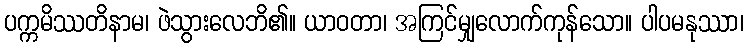
ပက္ကမိဿတိနာမ၊ ဖဲသွားလေဘိ၏။ ယာဝတာ၊ အကြင်မျှလောက်ကုန်သော။ ပါပမနုဿာ၊